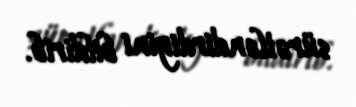
sürətləndirdiyini bildirib.